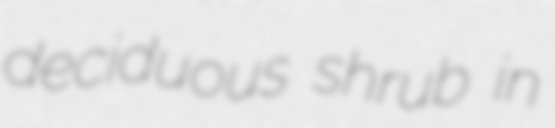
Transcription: deciduous shrub in